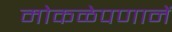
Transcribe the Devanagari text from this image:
मोकळेपणानें